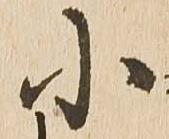
小